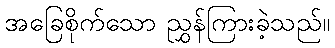
အခြေစိုက်သော ညွှန်ကြားခဲ့သည်။